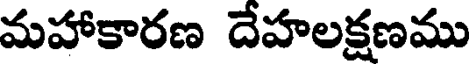
మహాకారణ దేహలక్షణము